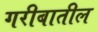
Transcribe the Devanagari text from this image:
गरीबातील